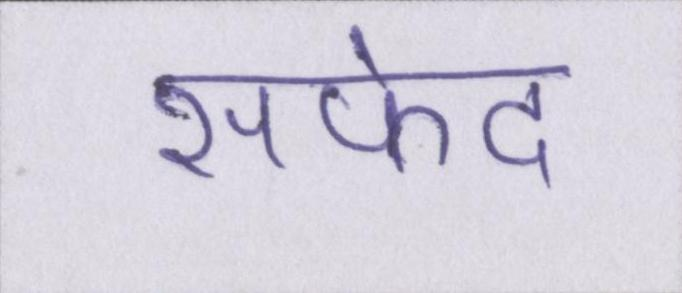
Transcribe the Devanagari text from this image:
सफेद